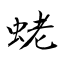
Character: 蛯